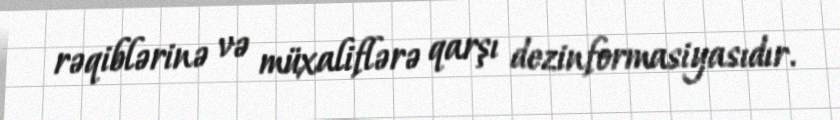
rəqiblərinə və müxaliflərə qarşı dezinformasiyasıdır.